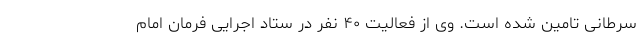
سرطانی تامین شده است. وی از فعالیت ۴۰ نفر در ستاد اجرایی فرمان امام